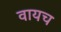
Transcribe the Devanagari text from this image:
वायच